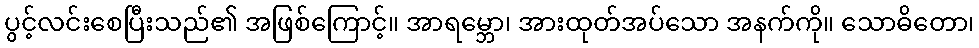
ပွင့်လင်းစေပြီးသည်၏ အဖြစ်ကြောင့်။ အာရမ္ဘော၊ အားထုတ်အပ်သော အနက်ကို။ သောဓိတော၊